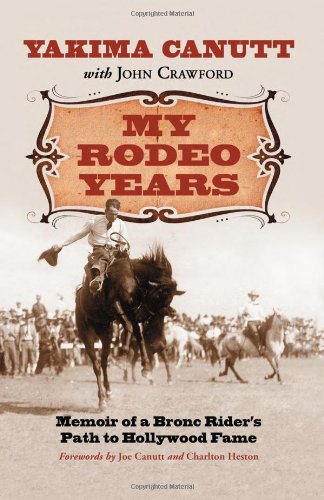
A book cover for My Rodeo Years: Memoir of a Bronc Rider's Path to Hollywood Fame; Yakima Canutt; Sports & Outdoors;